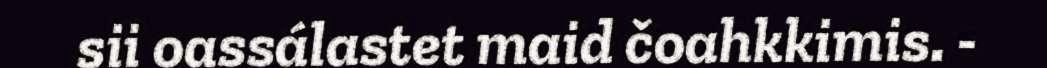
sii oassálastet maid čoahkkimis. -